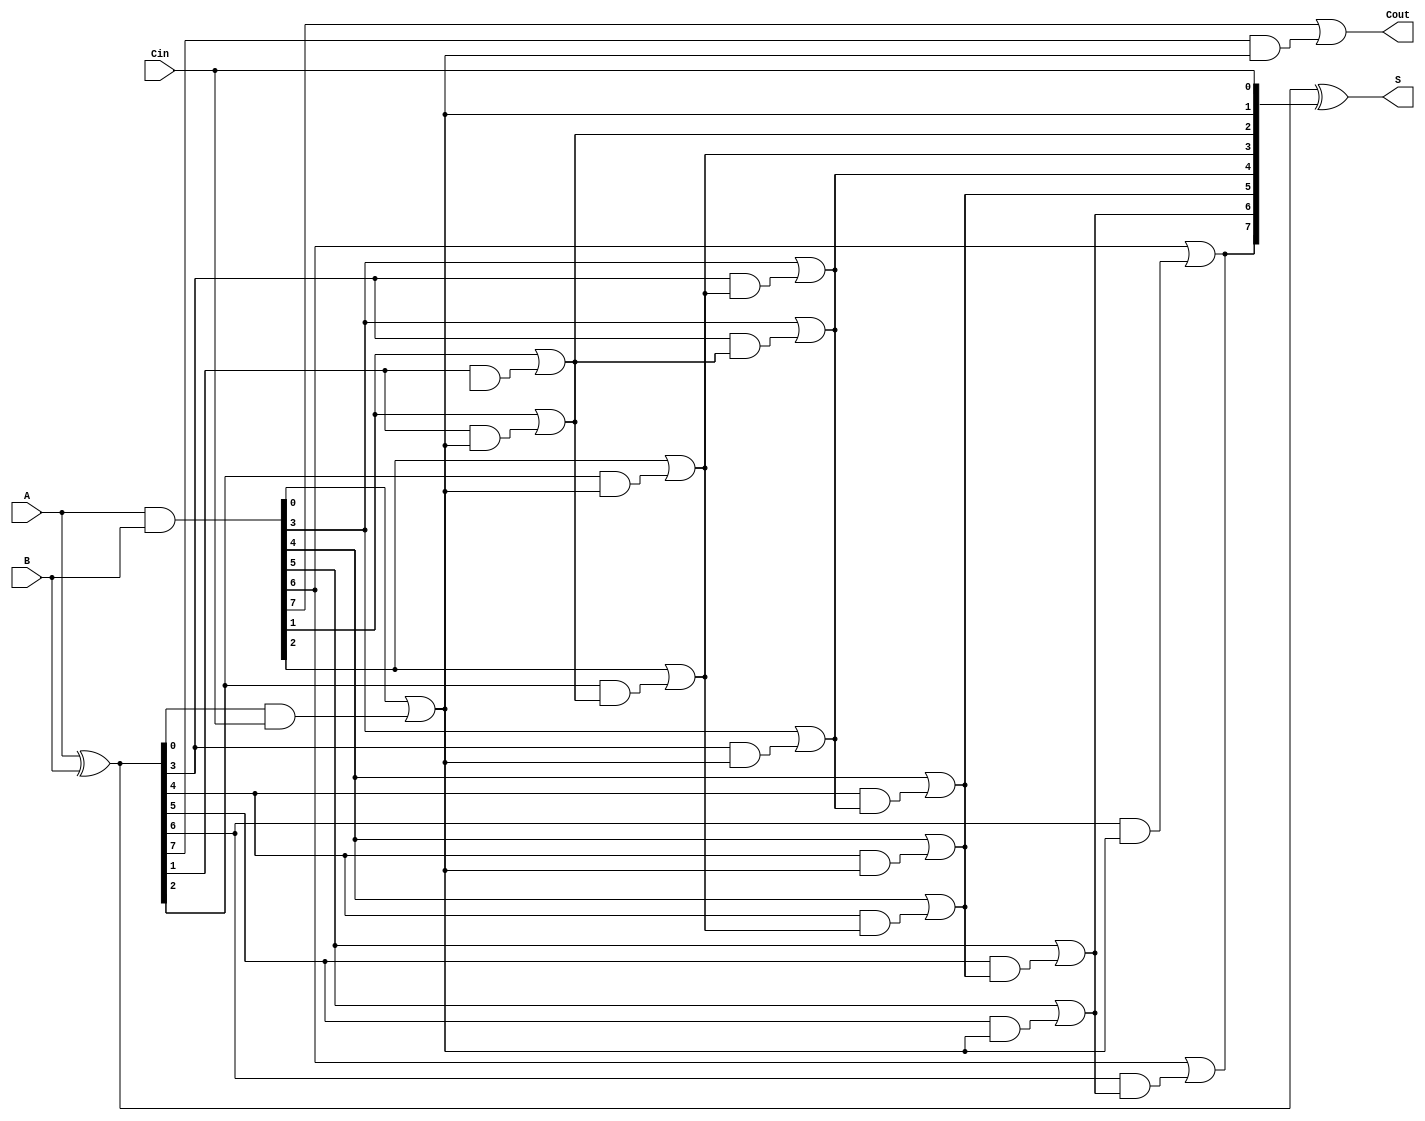
module KoggeStoneAdder #(
    parameter N = 8 // Width of the adder
)(
    input  [N-1:0] A,     // First operand
    input  [N-1:0] B,     // Second operand
    input         Cin,     // Carry-in
    output [N-1:0] S,     // Sum output
    output        Cout     // Carry-out output
);

    wire [N-1:0] P; // Propagate signals
    wire [N-1:0] G; // Generate signals
    wire [N-1:0] C; // Carry signals

    // Preprocessing Stage: Generate P and G signals
    assign P = A ^ B; // Propagate
    assign G = A & B; // Generate

    // Carry Generation Stage
    // Level 0
    assign C[0] = G[0] | (P[0] & Cin);

    // Level 1
    genvar i;
    generate
        for (i = 1; i < N; i = i + 1) begin : level1
            assign C[i] = G[i] | (P[i] & C[0]);
        end
    endgenerate

    // Level 2
    generate
        for (i = 2; i < N; i = i + 2) begin : level2
            assign C[i] = G[i] | (P[i] & C[i-1]);
            assign C[i-1] = G[i-1] | (P[i-1] & C[i-2]);
        end
    endgenerate

    // Level 3
    generate
        for (i = 4; i < N; i = i + 4) begin : level3
            assign C[i] = G[i] | (P[i] & C[i-2]);
            assign C[i-1] = G[i-1] | (P[i-1] & C[i-3]);
            assign C[i-2] = G[i-2] | (P[i-2] & C[i-4]);
            assign C[i-3] = G[i-3] | (P[i-3] & C[i-5]);
        end
    endgenerate

    // Carry-out
    assign Cout = C[N-1];

    // Sum Calculation
    assign S = P ^ {C[N-2:0], Cin}; // Final sum calculation

endmodule